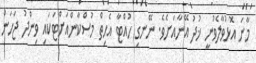
މާނަ އޮޅުވާލެވުނީ ޚުދު އޭނާއަށެވެ. ނޭނގި ހުއްޓާ އެހިތް މުސްކާންއަށްޓަކައި ވިންދު ޖަހަން